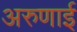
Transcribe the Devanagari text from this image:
अरुणाई